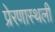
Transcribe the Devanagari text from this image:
प्रेरणास्थली